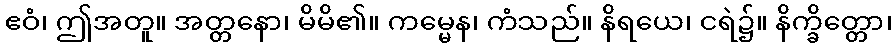
ဧဝံ၊ ဤအတူ။ အတ္တနော၊ မိမိ၏။ ကမ္မေန၊ ကံသည်။ နိရယေ၊ ငရဲ၌။ နိက္ခိတ္တော၊